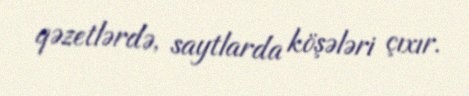
qəzetlərdə, saytlarda köşələri çıxır.